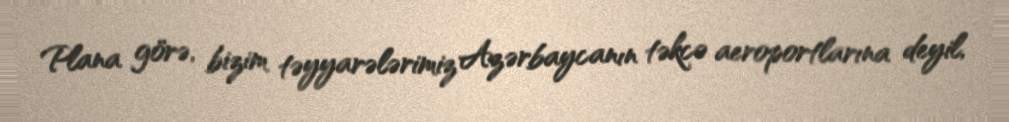
Plana görə, bizim təyyarələrimiz Azərbaycanın təkcə aeroportlarına deyil,